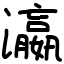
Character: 瀛